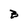
Character: B